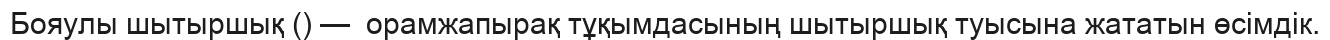
Бояулы шытыршық () —  орамжапырақ тұқымдасының шытыршық туысына жататын өсімдік.